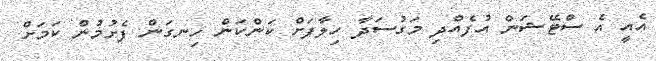
އެއީ އެ ސްޓޭޝަން އުފެއްދި މަގުސަދާ ހިލާފަށް ކަންކަން ހިނގަން ފެށުމުން ކަމަށް